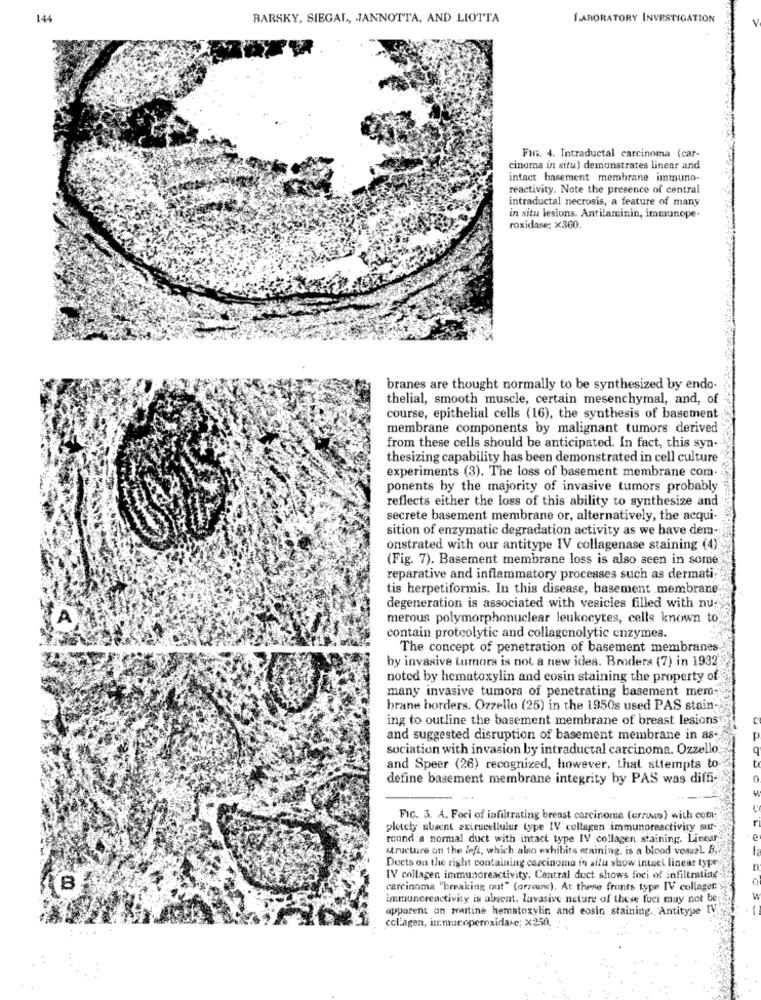
144
BARSKY, SIEGAL, JANNOTTA, AND LIOTTA
LABORATORY INVESTIGATION
Fin. 4. Intraductal carcinoma (car-
cinoma in situ) demonstrates linear and
intact basement membrane immuno-
reactivity. Note the presence of central
intraductal necrosis, a feature of many
in situ lesions. Antilaminin, immunope-
roxidase; x360.
branes are thought normally to be synthesized by endo-
thelial, smooth muscle, certain mesenchymal, and, of
course, epithelial cells (16), the synthesis of basement
membrane components by malignant tumors derived
from these cells should be anticipated. In fact, this syn --
thesizing capability has been demonstrated in cell culture
experiments (3). The loss of basement membrane com-
ponents by the majority of invasive tumors probably
reflects either the loss of this ability to synthesize and
secrete basement membrane or, alternatively, the acqui-
sition of enzymatic degradation activity as we have dem-
onstrated with our antitype IV collagenase staining (4)
(Fig. 7). Basement membrane loss is also seen in some
reparative and inflammatory processes such as dermati-
tis herpetiformis. In this disease, basement membrane
degeneration is associated with vesicles filled with nu-
A
merous polymorphonuclear leukocytes, cells known to
contain proteolytic and collagenolytic enzymes.
The concept of penetration of basement membranes
by invasive tumors is not. a new idea. Broders (7) in 1932'
noted by hematoxylin and eosin staining the property of
many invasive tumors of penetrating basement mem-
brane borders. Ozzello (25) in the 1950s used PAS stain-
ing to outline the basement membrane of breast lesions
and suggested disruption of basement membrane in as-
sociation with invasion by intraductal carcinoma. Ozzello
and Speer (26) recognized, however, that attempts to
define basement membrane integrity by PAS was diffi-
FIG. 3. A. Foci of infiltrating breast carcinoma (arrows) with com:
plotely absent exirucellulur type IV collagen immunoreactivity sur-
round a normal duct with intact type IV collagen staining. Linear
structure on the left, which also exhibits training, is a blood vessel. B.
Ducts on the right containing carcinoma in situ show intact linear typey
IV collagen immunoreactivity. Central duct shows foci of infiltrating
carcinoma "breaking out" (orzone). At these fronts type IV collager
immunoreactivity is absent. lavasive nature of these fuci muy not be
apparent on routine hematoxylin and eosin staining. Antitype I
collagen, itmucoperoxidase; x250.